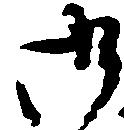
御